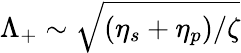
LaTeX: \Lambda_{+}\sim\sqrt{(\eta_{s}+\eta_{p})/\zeta}